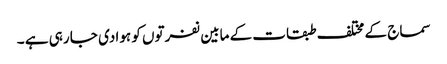
سماج کے مختلف طبقات کے مابین نفرتوں کو ہوا دی جا رہی ہے ۔